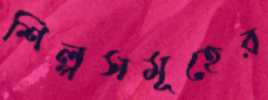
শিল্পসমূহের